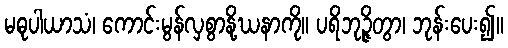
မဓုပါယာသံ၊ ကောင်းမွန်လှစွာနို့ဃနာကို။ ပရိဘုဉ္ဇိတွာ၊ ဘုန်းပေး၍။